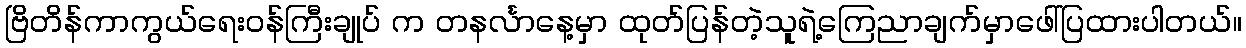
ဗြိတိန်ကာကွယ်ရေးဝန်ကြီးချုပ် က တနင်္လာနေ့မှာ ထုတ်ပြန်တဲ့သူရဲ့ကြေညာချက်မှာဖေါ်ပြထားပါတယ်။